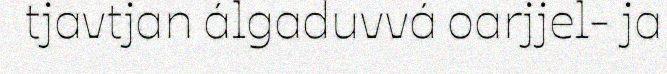
tjavtjan álgaduvvá oarjjel- ja